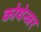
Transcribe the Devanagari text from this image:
कोथेन्जर